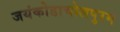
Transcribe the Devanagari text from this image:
जयंकोडाचोलपुरम